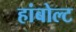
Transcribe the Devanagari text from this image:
हांबोल्ट